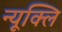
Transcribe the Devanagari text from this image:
न्यूक्लि